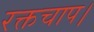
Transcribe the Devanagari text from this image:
रक्तचाप।